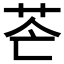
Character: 𦭆